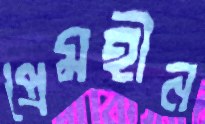
প্রেমহীন